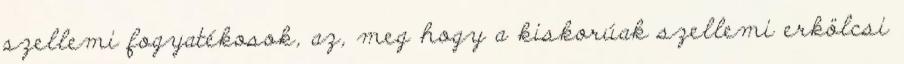
szellemi fogyatékosok, az, meg hogy a kiskorúak szellemi erkölcsi